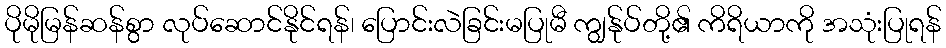
ပိုမိုမြန်ဆန်စွာ လုပ်ဆောင်နိုင်ရန်၊ ပြောင်းလဲခြင်းမပြုမီ ကျွန်ုပ်တို့၏ ကိရိယာကို အသုံးပြုရန်